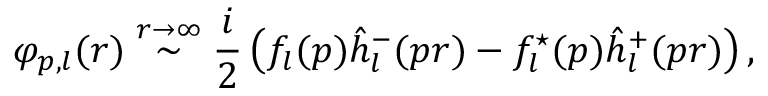
\varphi _ { p , l } ( r ) \stackrel { r \rightarrow \infty } { \sim } \frac i 2 \left( f _ { l } ( p ) \hat { h } _ { l } ^ { - } ( p r ) - f _ { l } ^ { \star } ( p ) \hat { h } _ { l } ^ { + } ( p r ) \right) ,